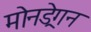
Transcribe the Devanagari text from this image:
मोनड्रेगन